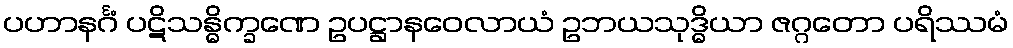
ပဟာနင်္ဂံ ပဋိသန္ဓိက္ခဏေ ဥပဋ္ဌာနဝေလာယံ ဥဘယသုဒ္ဓိယာ ဇဂ္ဂတော ပရိဿမံ